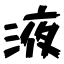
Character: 液